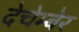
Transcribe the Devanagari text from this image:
देचेम्बेर